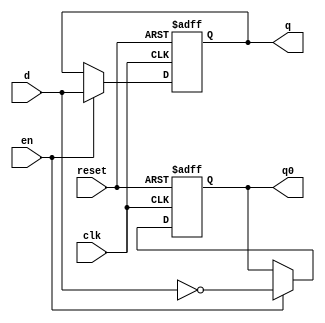
module reg_4
  (input wire [3:0] d, input wire clk,en,reset, output reg [3:0] q,q0);
   always @ (posedge clk,negedge reset)
     begin
	if(reset == 0)
	  begin
	     q <= 0;
	     q0 <= 1;
	  end
	else if(en == 1)
	  begin
	     q <= d;
	     q0 <= ~d;
	  end
     end // always @ (posedge clk,negedge reset)
endmodule // 4_reg

module tg
  (output reg [3:0] d,output reg clk,en,reset, input wire [3:0] q,q0);
   integer x;
   reg [0:6] memory[0:15];
   initial
     begin: Read_Block
	$readmemb("test_in.txt",memory);
     /*#1 $readmemb("test.txt",clk);
     #1 $readmemb("test.txt",en);
     #1 $readmemb("test.txt",reset);*/
     end
   initial
     begin: Print_Block
	$monitor("d=%b clk=%b en=%b reset=%b q=%b q0=%b",d,clk,en,reset,q,q0);
	for(x=0;x<16;x++)
	  begin
	     #1 d=memory[x][0:3];
	     clk=memory[x][4];
	     en=memory[x][5];
	     reset=memory[x][6];
	  end
	#1 $finish;
     end
endmodule // tg
module wb;
   wire [3:0] d,q,q0;
   wire clk,en,reset;
   reg_4 r1(d,clk,en,reset,q,q0);
   tg tg1(d,clk,en,reset,q,q0);
endmodule // wb